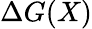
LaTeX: \Delta G(X)